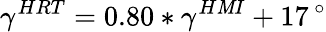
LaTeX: \gamma^{HRT}=0.80\ast\gamma^{H\mathit{M}I}+17\, ^{\circ}